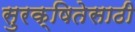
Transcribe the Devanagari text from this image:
सुरक्षितेसाठी